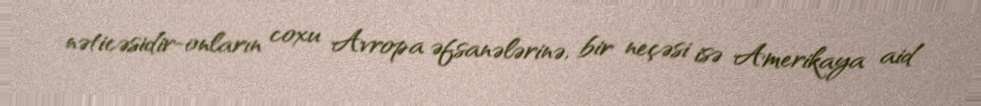
nəticəsidir-onların coxu Avropa əfsanələrinə, bir neçəsi isə Amerikaya aid